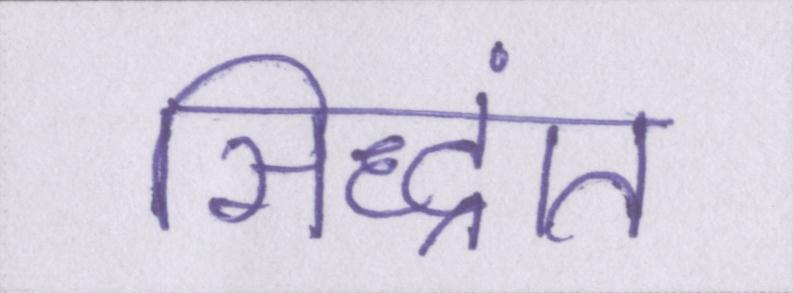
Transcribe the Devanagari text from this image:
सिद्धांत